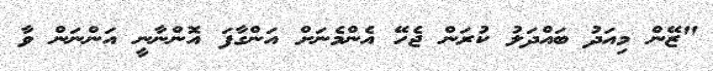
"ޒޭން މިއަދު ބައްދަލު ކުރަން ޖެހޭ އެންމެނަށް އަންގާފަ އޮންނާނީ އަންނަން ވާ